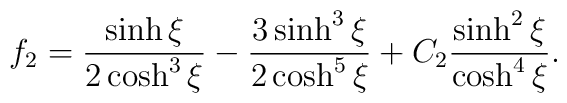
f_2 = \frac{\sinh \xi}{2 \cosh^3 \xi} - \frac{3 \sinh^3 \xi}{2\cosh^5 \xi} + C_2 \frac{\sinh ^2 \xi}{\cosh ^4 \xi}.